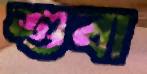
শুবা